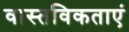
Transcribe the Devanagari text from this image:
वास्तविकताएं